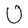
Character: U